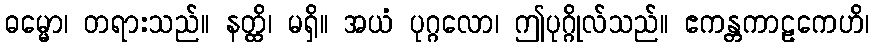
ဓမ္မော၊ တရားသည်။ နတ္ထိ၊ မရှိ။ အယံ ပုဂ္ဂလော၊ ဤပုဂ္ဂိုလ်သည်။ ဧကန္တကာဠကေဟိ၊